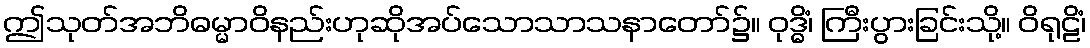
ဤသုတ်အဘိဓမ္မာဝိနည်းဟုဆိုအပ်သောသာသနာတော်၌။ ဝုဒ္ဓိံ၊ ကြီးပွားခြင်းသို့။ ဝိရုဠိံ၊